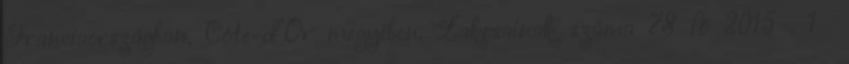
Franciaországban, Côte-d’Or megyében. Lakosainak száma 78 fő 2015 . 1